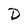
Character: D